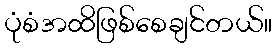
ပုံစံအထိဖြစ်စေချင်တယ်။